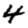
Digit: 4